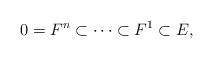
LaTeX: \begin{align*}0=F^n\subset \cdots \subset F^1\subset E,\end{align*}